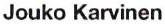
Jouko Karvinen